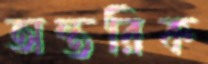
অন্তরিক